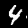
Label: 4